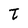
Character: t